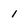
Character: 1